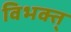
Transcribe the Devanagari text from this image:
विभक्त्